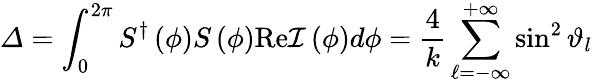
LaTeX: \varDelta=\int_{0}^{2\pi}{S^{\dagger}\left(\phi\right)S\left(\phi\right)\mathrm{Re}\mathcal{I}\left(\phi\right)d\phi}=\frac{4}{k}\sum_{\ell=-\infty}^{+\infty}{\sin^{2}\vartheta_{l}}